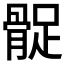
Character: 𩩔